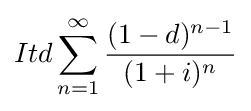
Itd\sum _{n=1}^{\infty }{\frac {(1-d)^{n-1}}{(1+i)^{n}}}